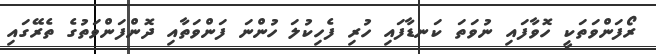
ރޯފަންވަތަކީ ހޮވާފައި ނުވަތަ ކަނޑާފައި ހުރި ފެހިކުލަ ހުންނަ ފަންވަތާއި ދޮންފަންވަތުގެ ތެރޭގައި